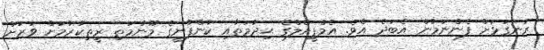
ރަނގަޅަށް ފެންނަމުން އެބަދެ އެވެ. އެމްޕީއެލްގެ ޙިދުމަތާއި ކުންފުނީގެ މޫނުމަތި ރީތިކުރުމަށް ވަރަށް